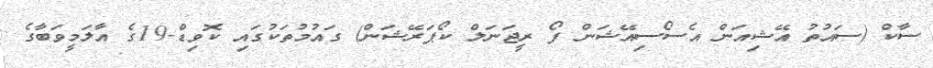
ސާކް (ސައުތު އޭޝިއަން އެސޯސިއޭޝަން ފޯ ރީޖަނަލް ކޯޕަރޭޝަން) ގައުމުތަކުގައި ކޮވިޑް-19ގެ އާލަމީވަބާގެ